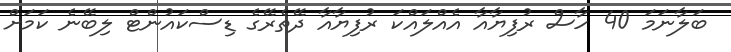
ބަލާނަމަ 40 ހާސް ރުފިޔާއާ އެއްލައްކަ ރުފިޔާއާ ދޭތެރޭގެ ޑިސްކައުންޓް ލިބޭނެ ކަމަށް